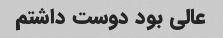
عالی بود دوست داشتم